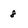
Character: 8